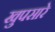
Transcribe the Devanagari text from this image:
खुपसारे